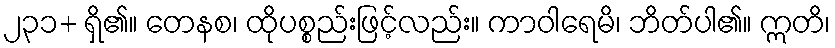
၂၃၁+ ရှိ၏။ တေနစ၊ ထိုပစ္စည်းဖြင့်လည်း။ ကာဝါရေမိ၊ ဘိတ်ပါ၏။ ဣတိ၊